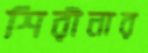
শিরীনার